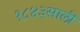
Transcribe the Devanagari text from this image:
१८४३साली